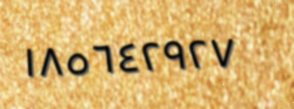
١٨٥٦٤٢٩٢٧